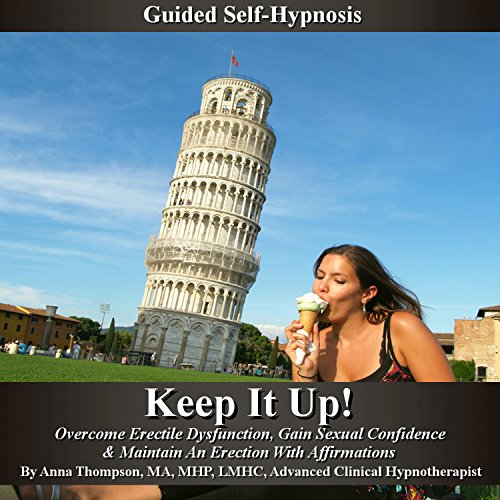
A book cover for Keep It Up: Guided Self Hypnosis, Overcome Erectile Dysfunction: Gain Sexual Confidence & Maintain an Erection with Affirmations; Anna Thompson; Health, Fitness & Dieting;